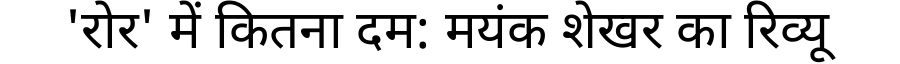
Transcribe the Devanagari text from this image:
'रोर' में कितना दम: मयंक शेखर का रिव्यू